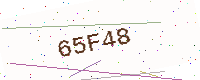
Text: 65F48